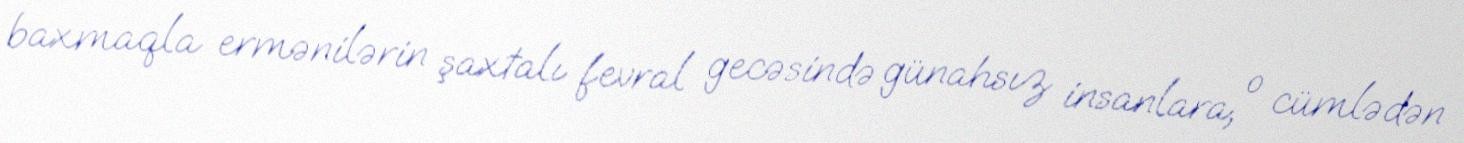
baxmaqla ermənilərin şaxtalı fevral gecəsində günahsız insanlara, o cümlədən